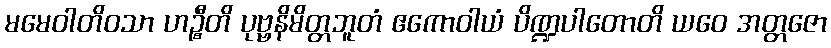
မမေဝါတိဝသာ ဟဉ္စီတိ ပုဗ္ဗနိမိတ္တဘူတံ ဧကောဝါယံ ပိဏ္ဍပါတောတိ ယဝေ အတ္တဇော